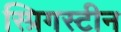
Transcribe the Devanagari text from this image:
स्प्रिगस्टीन